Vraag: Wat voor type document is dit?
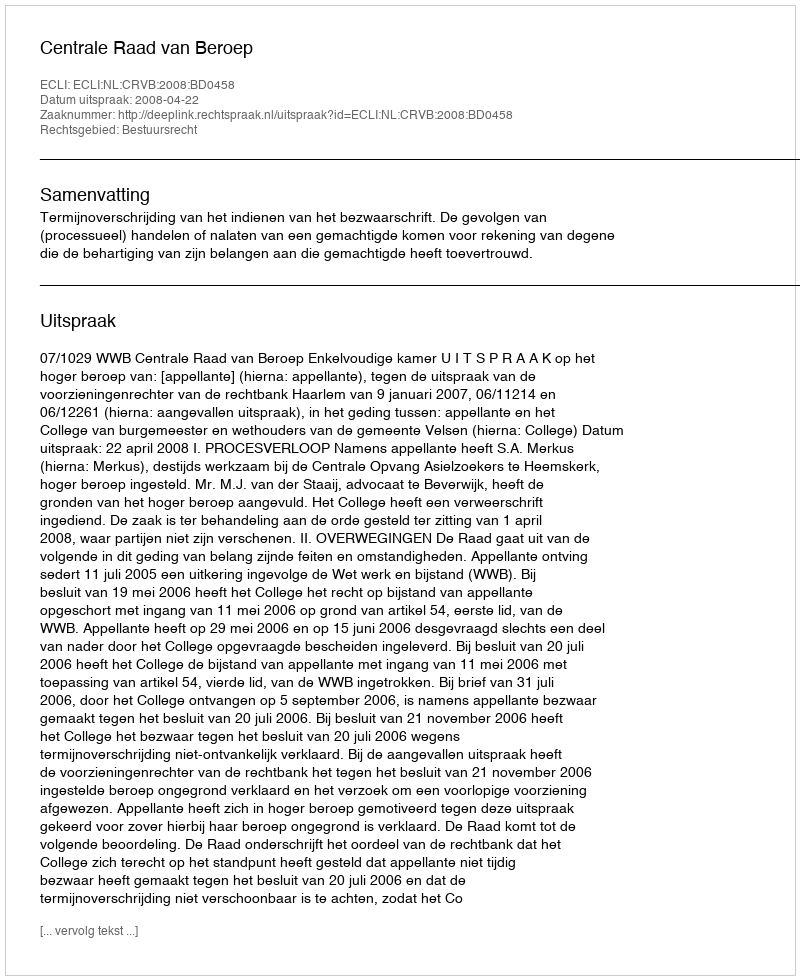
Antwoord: Uitspraak